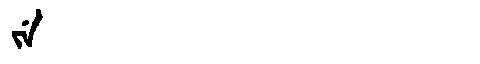
Manchu: ᠵᡝ
Romanization: JE